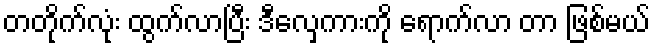
တတိုက်လုံး ထွက်လာပြီး ဒီလှေကားကို ရောက်လာ တာ ဖြစ်မယ်